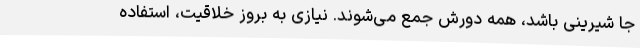
جا شیرینی باشد، همه دورش جمع می‌شوند. نیازی به بروز خلاقیت، استفاده